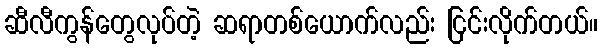
ဆီလီကွန်တွေလုပ်တဲ့ ဆရာတစ်ယောက်လည်း ငြင်းလိုက်တယ်။